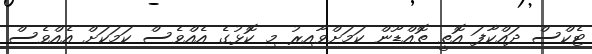
ޓެކްސް ދައްކާފަ އޮތީ ތޮއްޑޫން ކަމަށްވާއިރު މި ކޮޅުގެ އެއްވެސް ކަމަކަށް އެއްވެސް